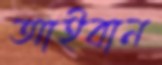
আইবান